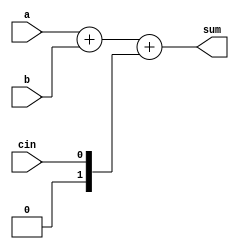
module adder #(parameter width = 4) (
input signed [width-1:0]a,b,
input cin, 
output signed [width-1:0]sum);

assign sum = a + b + $signed({1'b0,cin}) ; 

endmodule